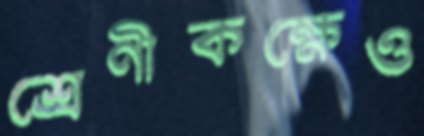
শ্রেণীকক্ষেও